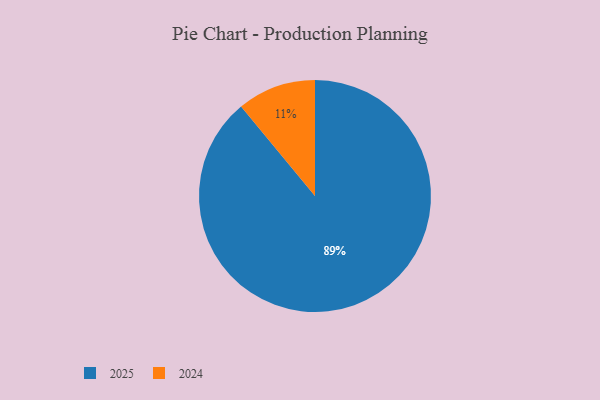
{"axis": {"x": "Category", "y": "Percentage"}, "legend": ["2024", "2025"], "data": [{"x": "2024", "y": 11, "type": "2024"}, {"x": "2025", "y": 89, "type": "2025"}]}